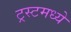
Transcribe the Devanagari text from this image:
ट्रस्टमध्ये